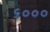
૬૦૦૦